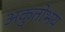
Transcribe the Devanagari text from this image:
अकुतोभय